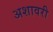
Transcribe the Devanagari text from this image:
अशावरी